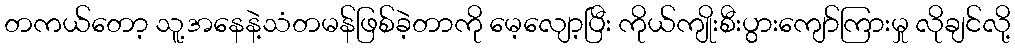
တကယ်တော့ သူ့အနေနဲ့သံတမန်ဖြစ်ခဲ့တာကို မေ့လျော့ပြီး ကိုယ်ကျိုးစီးပွားကျော်ကြားမှု လိုချင်လို့